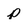
Character: p